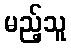
မည့်သူ